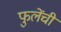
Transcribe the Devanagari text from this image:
फुलेंची